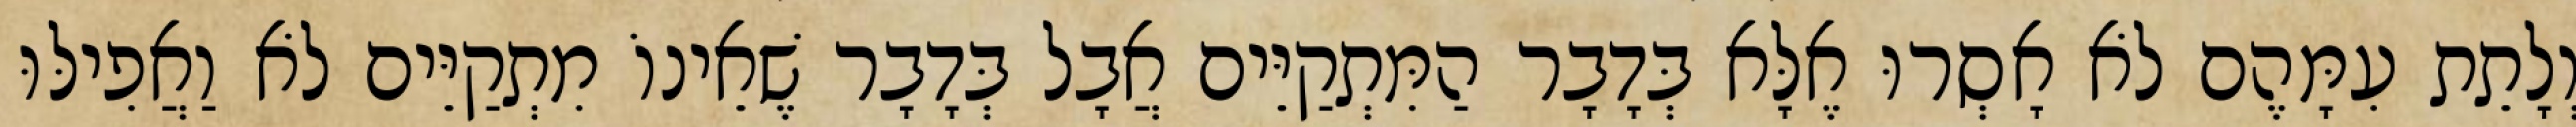
וְלָתֵת עִמָּהֶם לֹא אָסְרוּ אֶלָּא בְּדָבָר הַמִּתְקַיֵּים אֲבָל בְּדָבָר שֶׁאֵינוֹ מִתְקַיֵּים לֹא וַאֲפִילּוּ